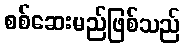
စစ်ဆေးမည်ဖြစ်သည်